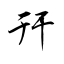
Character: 幵